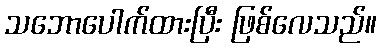
သဘောပေါက်ထားပြီး ဖြစ်လေသည်။